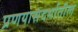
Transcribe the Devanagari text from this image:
प्रणयासंदर्भातील